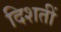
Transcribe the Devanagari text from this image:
दिशतीं